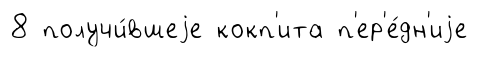
8 получи́вшеjе кокп'ита п'ер'е́дн'иjе